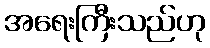
အရေးကြီးသည်ဟု